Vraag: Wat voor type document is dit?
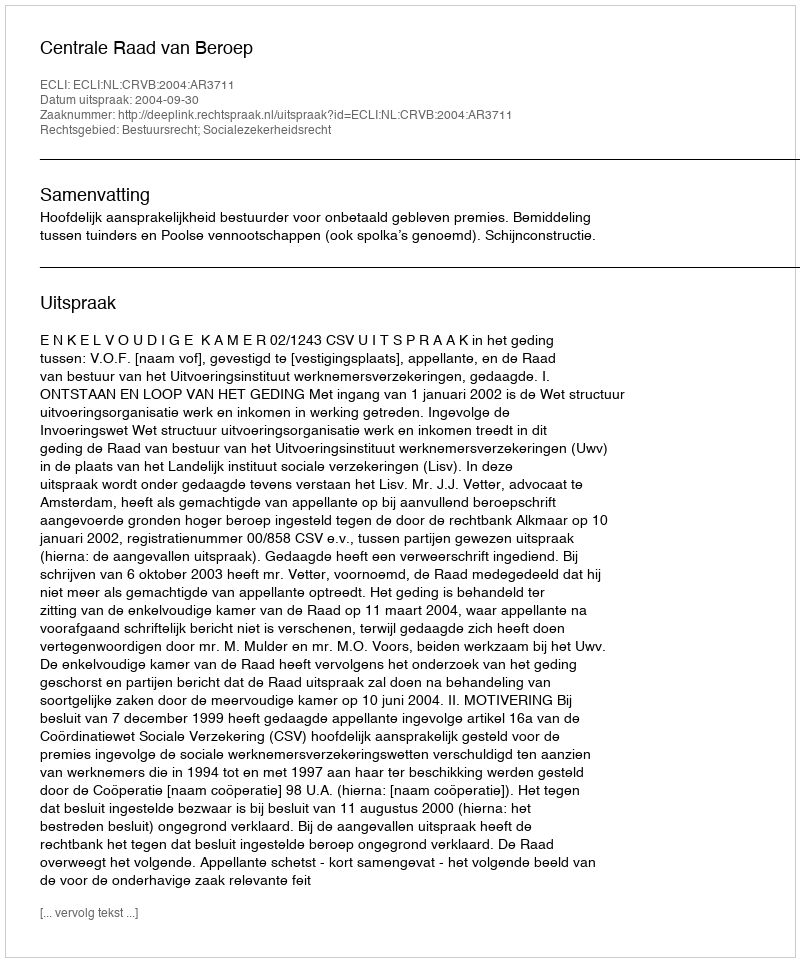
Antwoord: Uitspraak